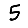
Digit: 5